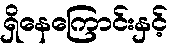
ရှိနေကြောင်းနှင့်